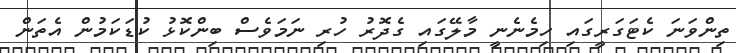
ތިންވަނަ ކެޓަގަރީގައި ހިމެނެނީ މާލޭގައި ގެދޮރު ހުރި ނަމަވެސް ބިންކޮޅު ކުޑަކަމުން އެތަން